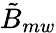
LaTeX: \tilde{B}_{mw}